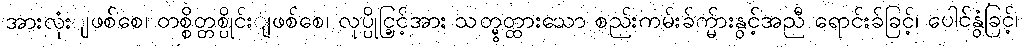
အားလုံးျဖစ်စေ၊ တစ္စိတ္တစ္ပိုင်းျဖစ်စေ၊ လုပ္ပိုင္ခြင့်အား သတ္မွတ္ထားသော စည်းကမ်းခ်က္မ်ားနွင့်အညီ ရောင်းခ်ခြင့်၊ ပေါင်နွံခြင့်၊